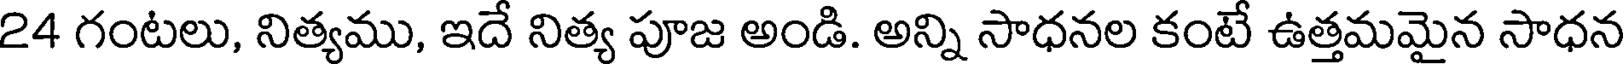
24 గంటలు, నిత్యము, ఇదే నిత్య పూజ అండి. అన్ని సాధనల కంటే ఉత్తమమైన సాధన